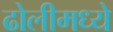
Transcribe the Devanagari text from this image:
ढोलीमध्ये